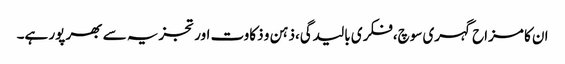
ان کا مزاح گہری سوچ،فکری بالیدگی،ذہن و ذکاوت اور تجزیہ سے بھر پور ہے۔